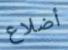
أضلاع